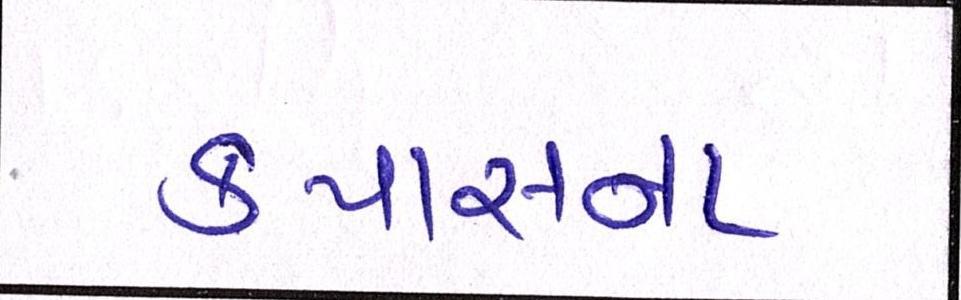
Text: કપાસના